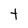
Character: t